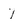
Character: 7